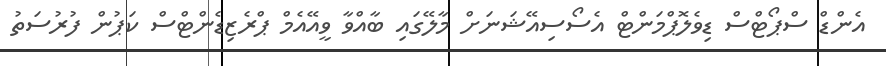
އެންޑް ސްޕޯޓްސް ޑިވެލޮޕްމަންޓް އެސޯސިއޭޝަނަށް މާލޭގައި ބާއްވާ ވީއޭއެމް ޕްރެޒިޑެންޓްސް ކަޕުން ފުރުސަތު